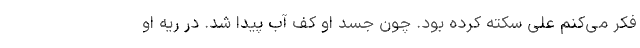
فکر می‌کنم علی سکته کرده بود. چون جسد او کف آب پیدا شد. در ریه او